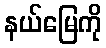
နယ်မြေကို